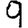
Digit: 9